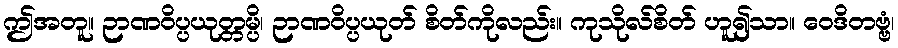
ဤအတူ။ ဉာဏဝိပ္ပယုတ္တမ္ပိ၊ ဉာဏဝိပ္ပယုတ် စိတ်ကိုလည်း။ ကုသိုလ်စိတ် ဟူ၍သာ။ ဝေဒိတဗ္ဗံ၊